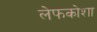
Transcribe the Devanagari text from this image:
लेफकोशा